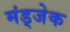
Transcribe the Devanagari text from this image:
मंड्जेक